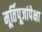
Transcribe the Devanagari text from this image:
मूर्तिपूजांपेक्षा